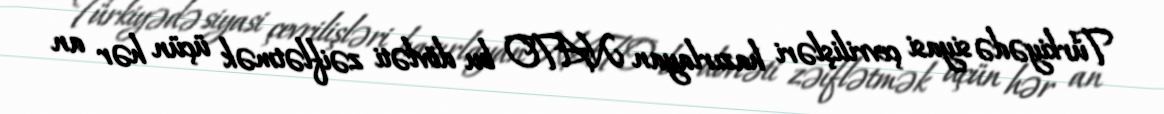
Türkiyədə siyasi çevrilişləri hazırlayan NATO bu dövləti zəiflətmək üçün hər an